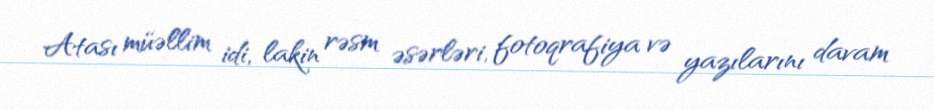
Atası müəllim idi, lakin rəsm əsərləri, fotoqrafiya və yazılarını davam